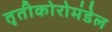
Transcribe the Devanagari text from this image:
तृतीकोरोमंडेल